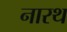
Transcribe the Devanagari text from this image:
नारथ